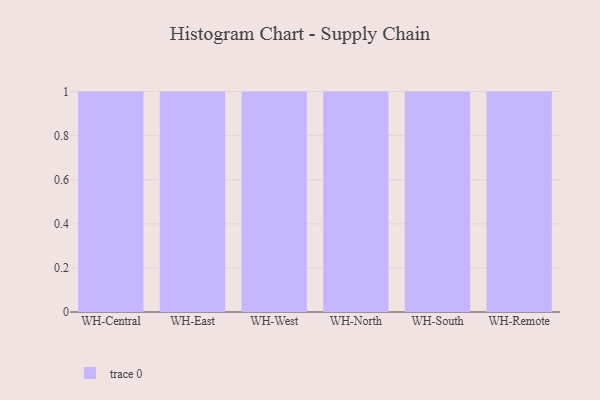
{"axis": {"x": "Warehouse", "y": "Satisfaction Score"}, "legend": [""], "data": [{"x": "WH-Central", "y": 30, "type": ""}, {"x": "WH-East", "y": 49, "type": ""}, {"x": "WH-West", "y": 60, "type": ""}, {"x": "WH-North", "y": 87, "type": ""}, {"x": "WH-South", "y": 74, "type": ""}, {"x": "WH-Remote", "y": 74, "type": ""}]}